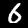
Digit: 6